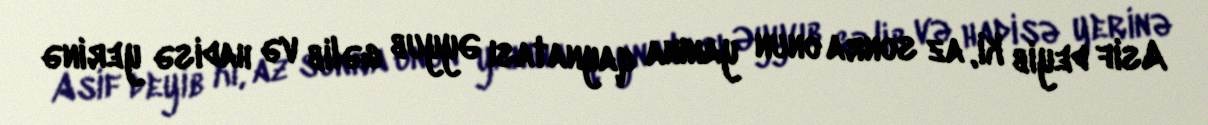
Asif deyib ki, az sonra onun yanına qaynatası Əyyub gəlib və hadisə yerinə